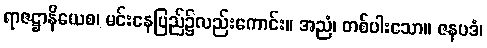
ရာဇဋ္ဌာနိယေစ၊ မင်းနေပြည်၌လည်းကောင်း။ အညံ၊ တစ်ပါးသော။ ဇနပဒံ၊